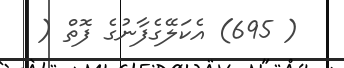
( 695) އެކަލޭގެފާނުގެ ފޮތް (